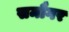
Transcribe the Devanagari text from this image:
समौगर